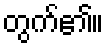
တွက်၏။